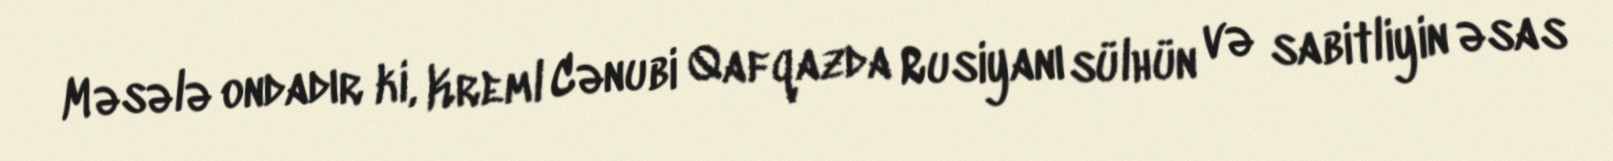
Məsələ ondadır ki, Kreml Cənubi Qafqazda Rusiyanı sülhün və sabitliyin əsas